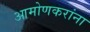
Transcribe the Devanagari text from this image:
आमोणकरांना